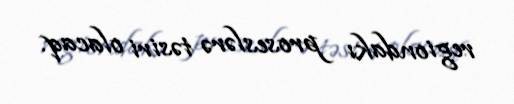
regiondakı proseslərə təsiri olacaq.